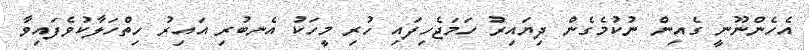
އެހެންނޫނީ ގެއިން ނުކުމެގެން ދިޔައިރު ހަމަޖެހިފައި ހުރި މީހަކު އެނބުރި އައިރު ހިތްހަލާކުވެފައިވާ